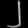
Digit: ၂